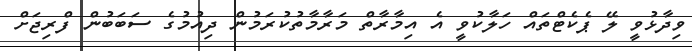
ވިދާޅުވީ ލޭ ޕެކެޓްތައް ހަލާކުވީ އެ އިމާރާތް މަރާމާތުކުރަމުން ދިއުމުގެ ސަބަބުން ފްރިޖަށް